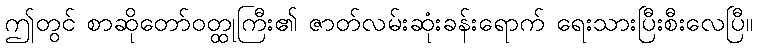
ဤတွင် စာဆိုတော်ဝတ္ထုကြီး၏ ဇာတ်လမ်းဆုံးခန်းရောက် ရေးသားပြီးစီးလေပြီ။